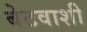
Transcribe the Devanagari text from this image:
बेटवाशी